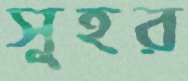
সুহর